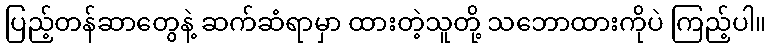
ပြည့်တန်ဆာတွေနဲ့ ဆက်ဆံရာမှာ ထားတဲ့သူတို့ သဘောထားကိုပဲ ကြည့်ပါ။